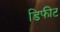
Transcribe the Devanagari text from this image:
डिफीट